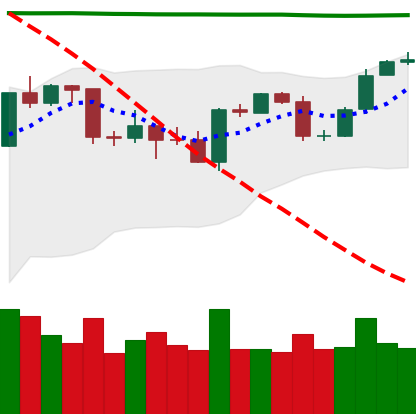
Ticker: BTC-USD
Chart end date: 2020-04-25
Forward return: 14.381%
Label: up_7plus